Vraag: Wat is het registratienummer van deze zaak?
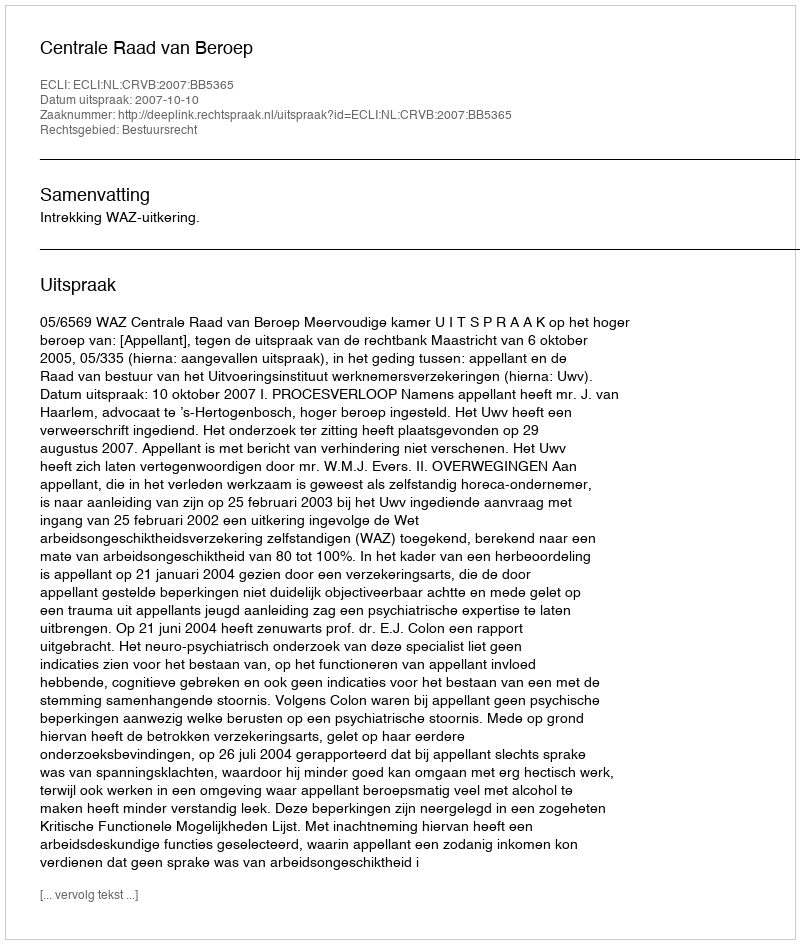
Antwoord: http://deeplink.rechtspraak.nl/uitspraak?id=ECLI:NL:CRVB:2007:BB5365